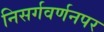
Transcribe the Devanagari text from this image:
निसर्गवर्णनपर